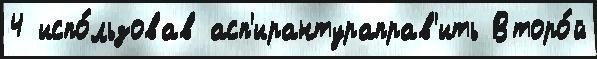
4 испо́льзовав асп'ирантураправ'ить Второ́й